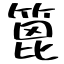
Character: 篦